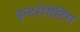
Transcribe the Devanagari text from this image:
इन्टरोगेटिंग